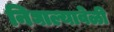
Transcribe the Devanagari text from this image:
निघाल्यावेळी